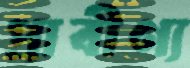
প্রাবীণ্য